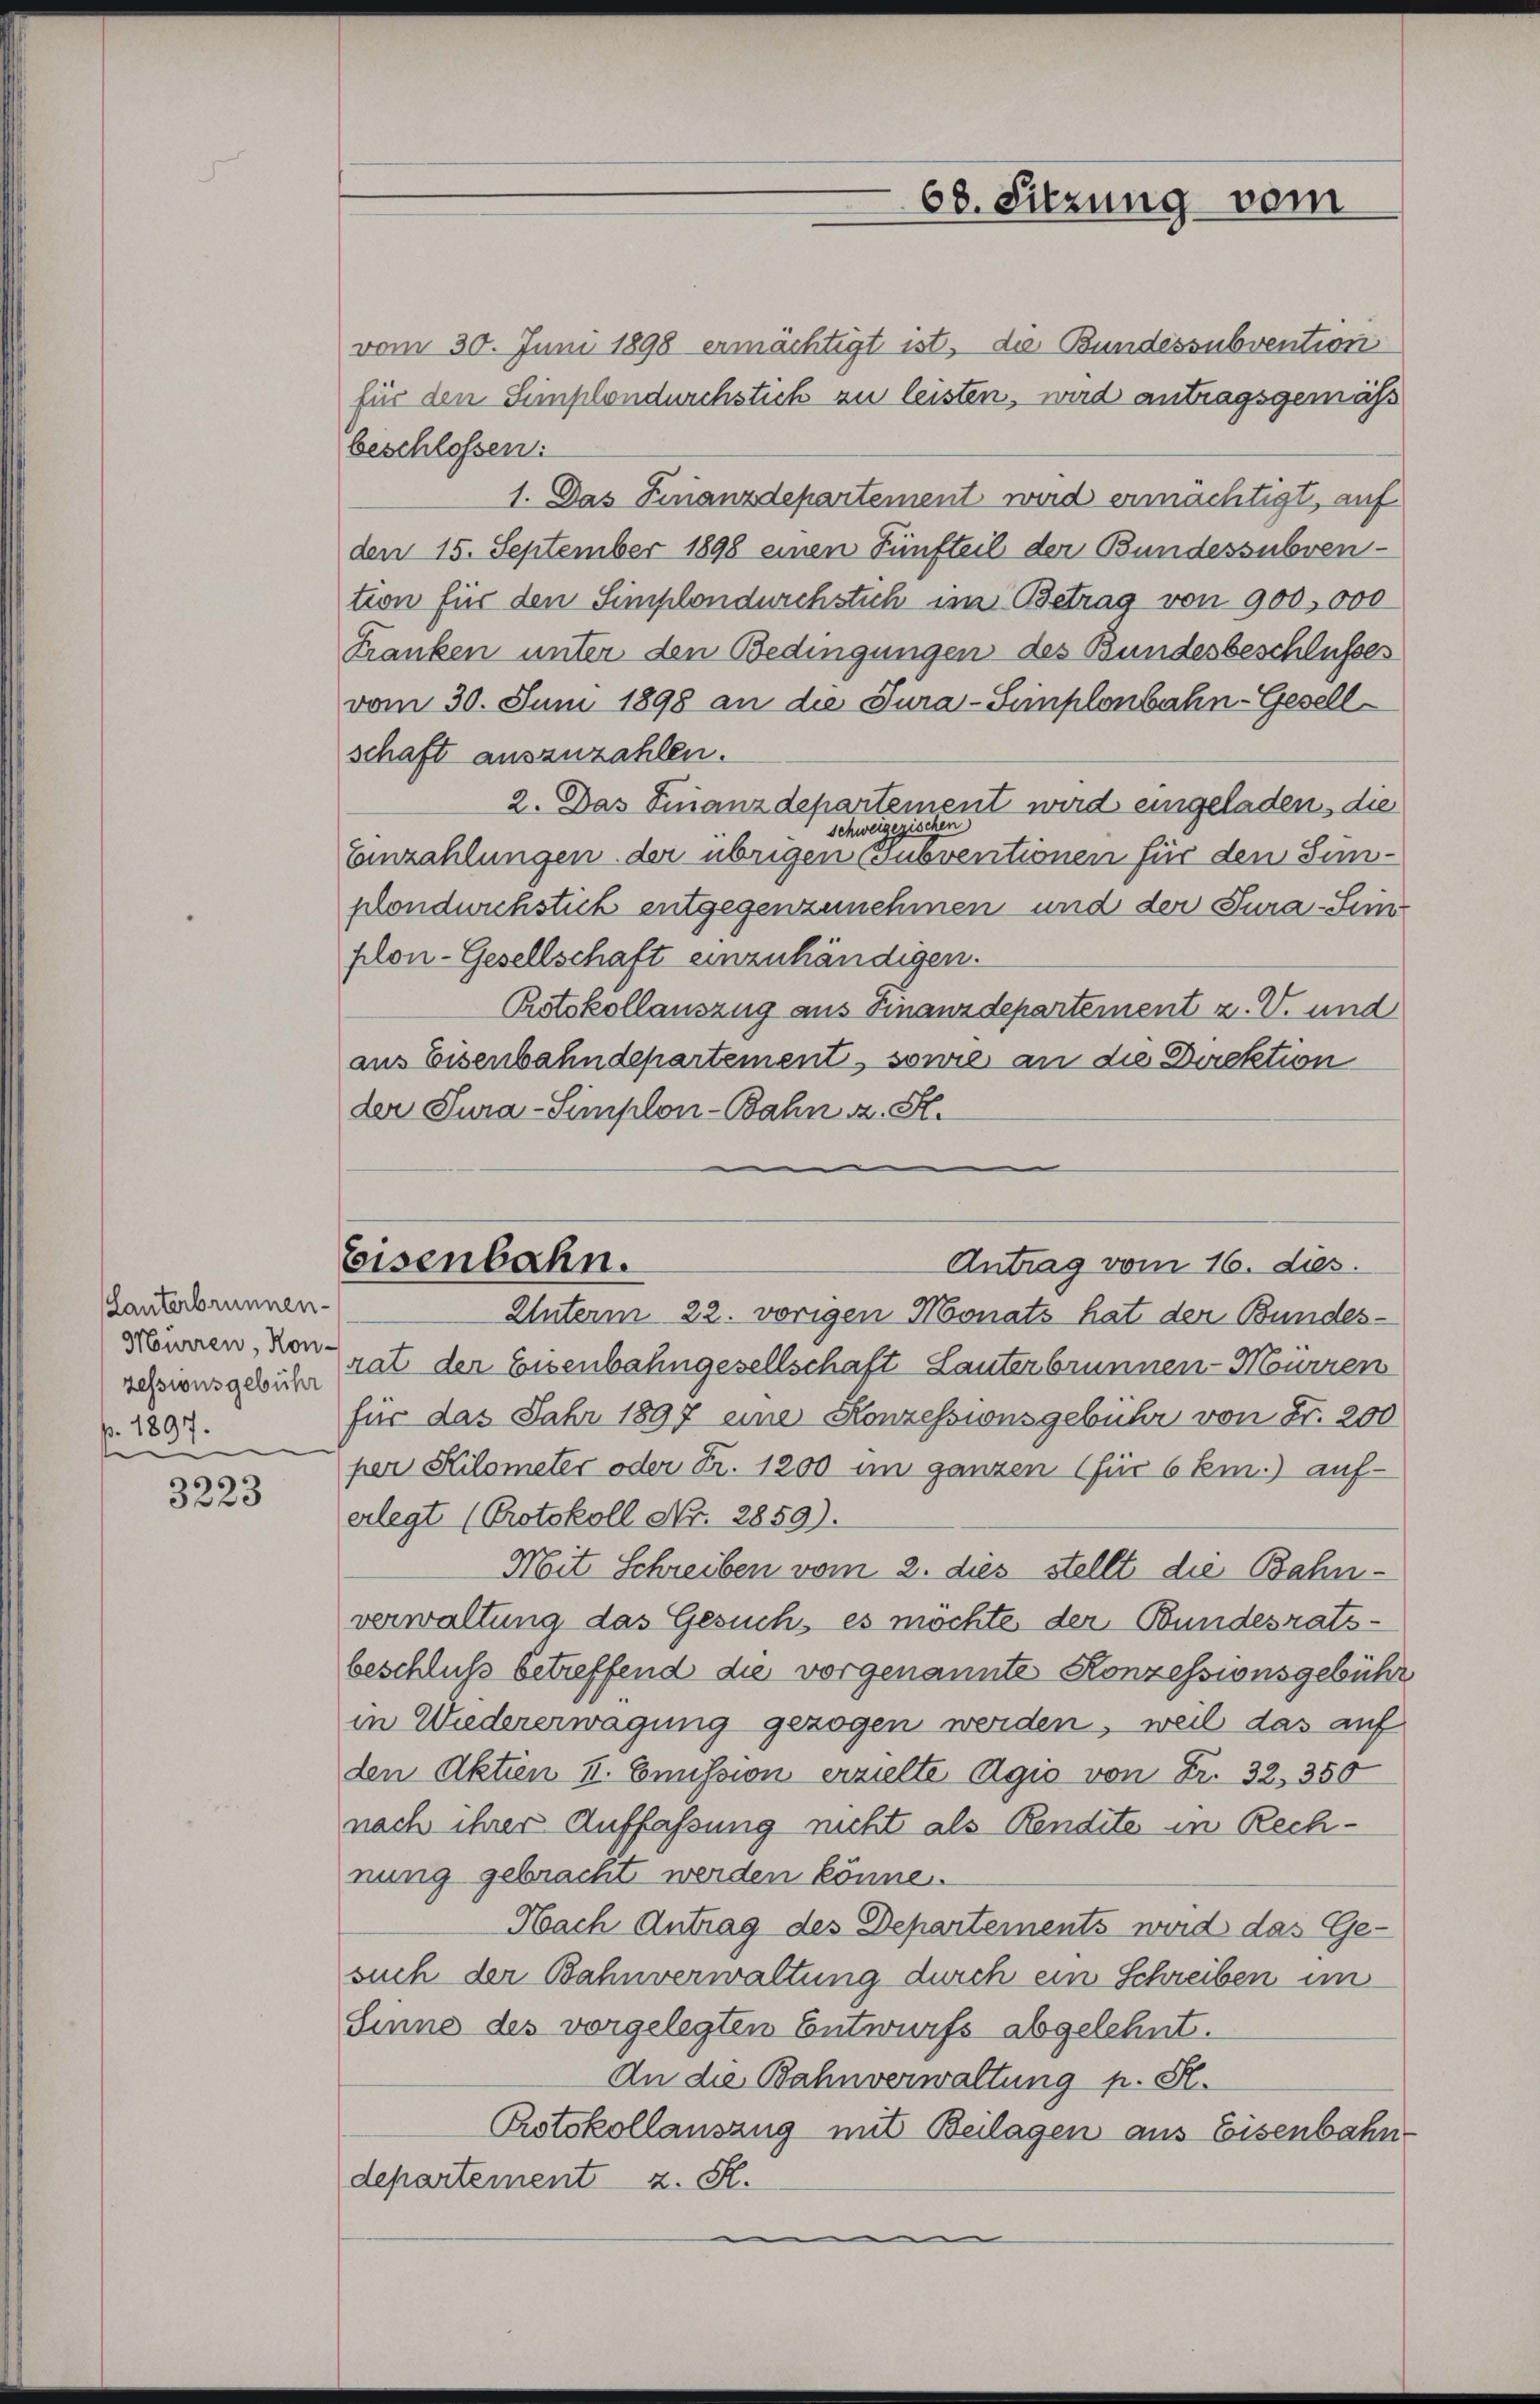
Lanterbrunnen.
Murren, Kon-
zessionsgebühr
p. 1897.
e

3223

vom 30. Juni 1898 ermächtigt ist, die Bundessubvention
für den Simplondurchstich zu leisten, wird antragsgemäss
beschlossen:
1. Das Finanzdepartement wird ermächtigt, auf
den 15. September 1898 einen Fünfteil der Bundessubven-
tion für den Simplondurchstich im Betrag von 900,000
Franken unter den Bedingungen des Bundesbeschlußes
vom 30. Juni 1898 an die Jura-Simplonbahn-Gesellschaft auszuzahlen.
2. Das Finanzdepartement wird eingeladen, die
Schweizerischen
Einzahlungen der übrigen Subventionen für den Sinplonduichstick entgegenzunehmen und der Tura-Sein
plon-Gesellschaft einzuhändigen.
Rotskollauszug aus Finanzdepartement z. V. und
aus Eisenbahndepartement, sowie an die Direktion
der Tura-Simplon-Bahn a. S.
Unterm 22. vorigen Monats hat der Bundes-
rat der Eisenbahngesellschaft Lauterbrunnen-Mürren
für das Jahr 1897 eine Konzessionsgebühr von Fr. 200
per Kilometer oder Fr. 1200 im ganzen (für 6 km.) auf-
erlegt (Protokoll Nr. 2859).
Mit Schreiben vom 2. dies stellt die Bahnverwaltung das Gesuch, es möchte der Bundesrats-
beschluß betreffend die vorgenannte Konzessionsgebühr
in Wiedererwägung gezogen werden, weil das auf
den Aktien II. Emission erzielte Agio von Fr. 32, 350
nach ihrer Auffassung nicht als Rendite in Rechnung gebracht werden könne.
Nach Antrag des Departements wird das Ge-
such der Bahnverwaltung durch ein Schreiben im
Sinne des vorgelegten Entwurfs abgelehnt.
An die Bahnverwaltung p. St.
Protokollauszug mit Beilagen aus Eisenbahn
departement z. S.

Eisenbahn.

68. Sitzung vom

Antrag vom 16. dies.